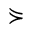
\curlyeqsucc